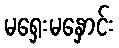
မရှေးမနှောင်း